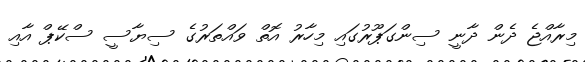
މިރާއްޖެ ދެން ދާނީ ސިންގަޕޫރުގައި މިހާރު އޮތް ވައްތަރުގެ ސިޔާސީ ސްކޭޕް އާއި